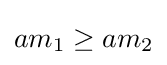
am_{1}\geq am_{2}